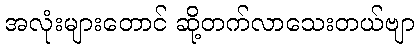
အလုံးများတောင် ဆို့တက်လာသေးတယ်ဗျာ